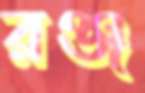
রঞ্জ